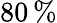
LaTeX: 80\, \%